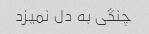
چنگی به دل نمیزد